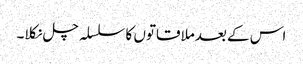
اس کے بعدملاقاتوں کا سلسلہ چل نکلا۔